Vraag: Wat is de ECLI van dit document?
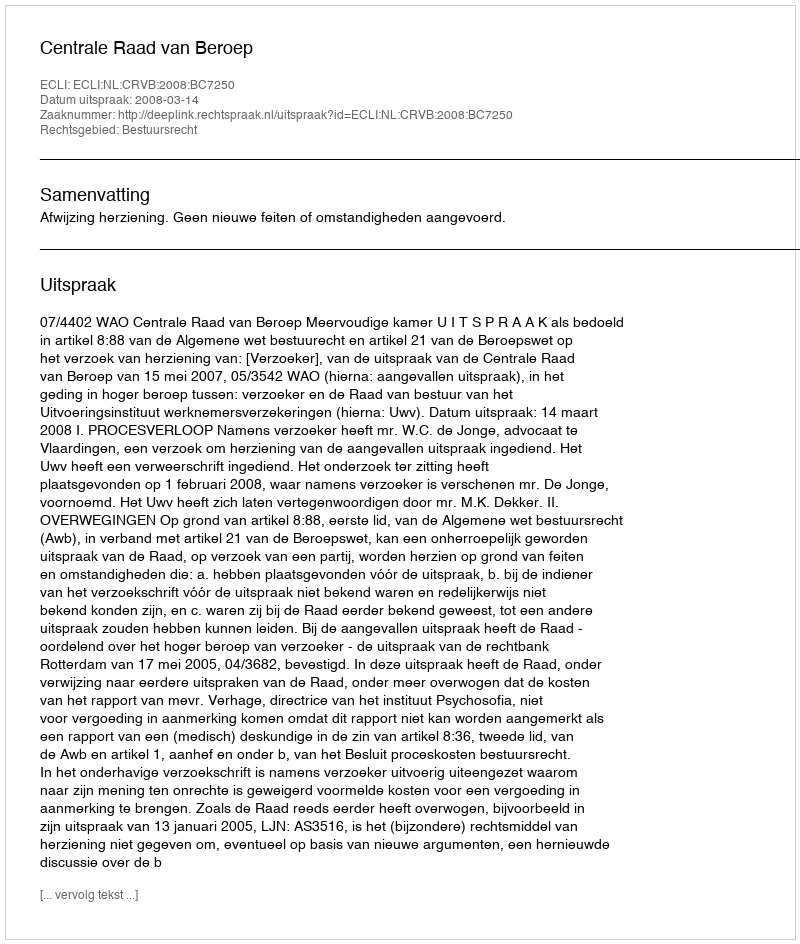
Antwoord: ECLI:NL:CRVB:2008:BC7250